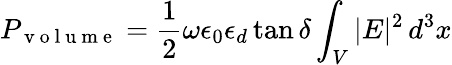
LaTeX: P_{\mathrm{~v~o~l~u~m~e~}}=\frac{1}{2}\omega\epsilon_{0}\epsilon_{d}\tan{\delta}\int_{V}|E|^{2}\, d^{3}x